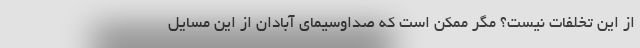
از این تخلفات نیست؟ مگر ممکن است که صداوسیمای آبادان از این مسایل